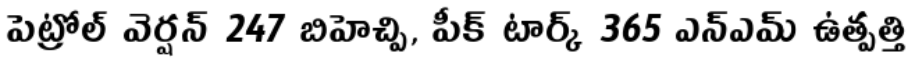
పెట్రోల్ వెర్షన్ 247 బిహెచ్పి, పీక్ టార్క్ 365 ఎన్ఎమ్ ఉత్పత్తి